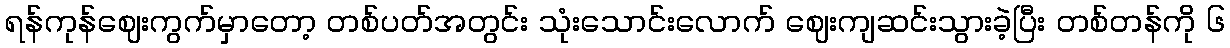
ရန်ကုန်ဈေးကွက်မှာတော့ တစ်ပတ်အတွင်း သုံးသောင်းလောက် ဈေးကျဆင်းသွားခဲ့ပြီး တစ်တန်ကို ၆